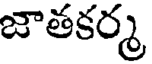
జాతకర్మ